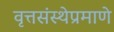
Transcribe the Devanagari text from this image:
वृत्तसंस्थेप्रमाणे